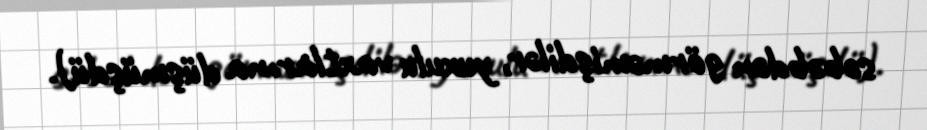
səbəbdən görməmişdilər, yuxulu vaxtlarına düşmüşdü).